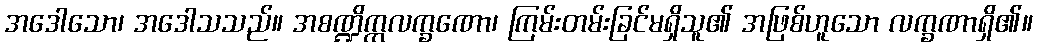
အဒေါသော၊ အဒေါသသည်။ အစဏ္ဍိက္ကလက္ခဏော၊ ကြမ်းတမ်းခြင်မရှိသူ၏ အဖြစ်ဟူသော လက္ခဏာရှိ၏။